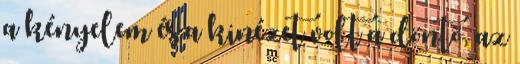
a kényelem és a kinézet volt a döntõ, az